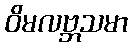
ဝိမလဗ္ဘသမာ